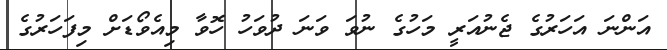
އަންނަ އަހަރުގެ ޖެނުއަރީ މަހުގެ ނުވަ ވަނަ ދުވަހު ހޮވާ މިއެވޯޑަށް މިފަހަރުގެ